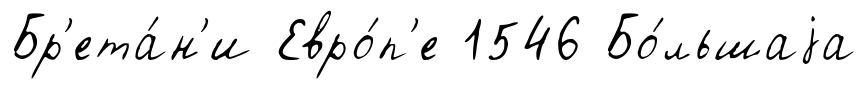
Бр'ета́н'и Евро́п'е 1546 Бо́льшаjа